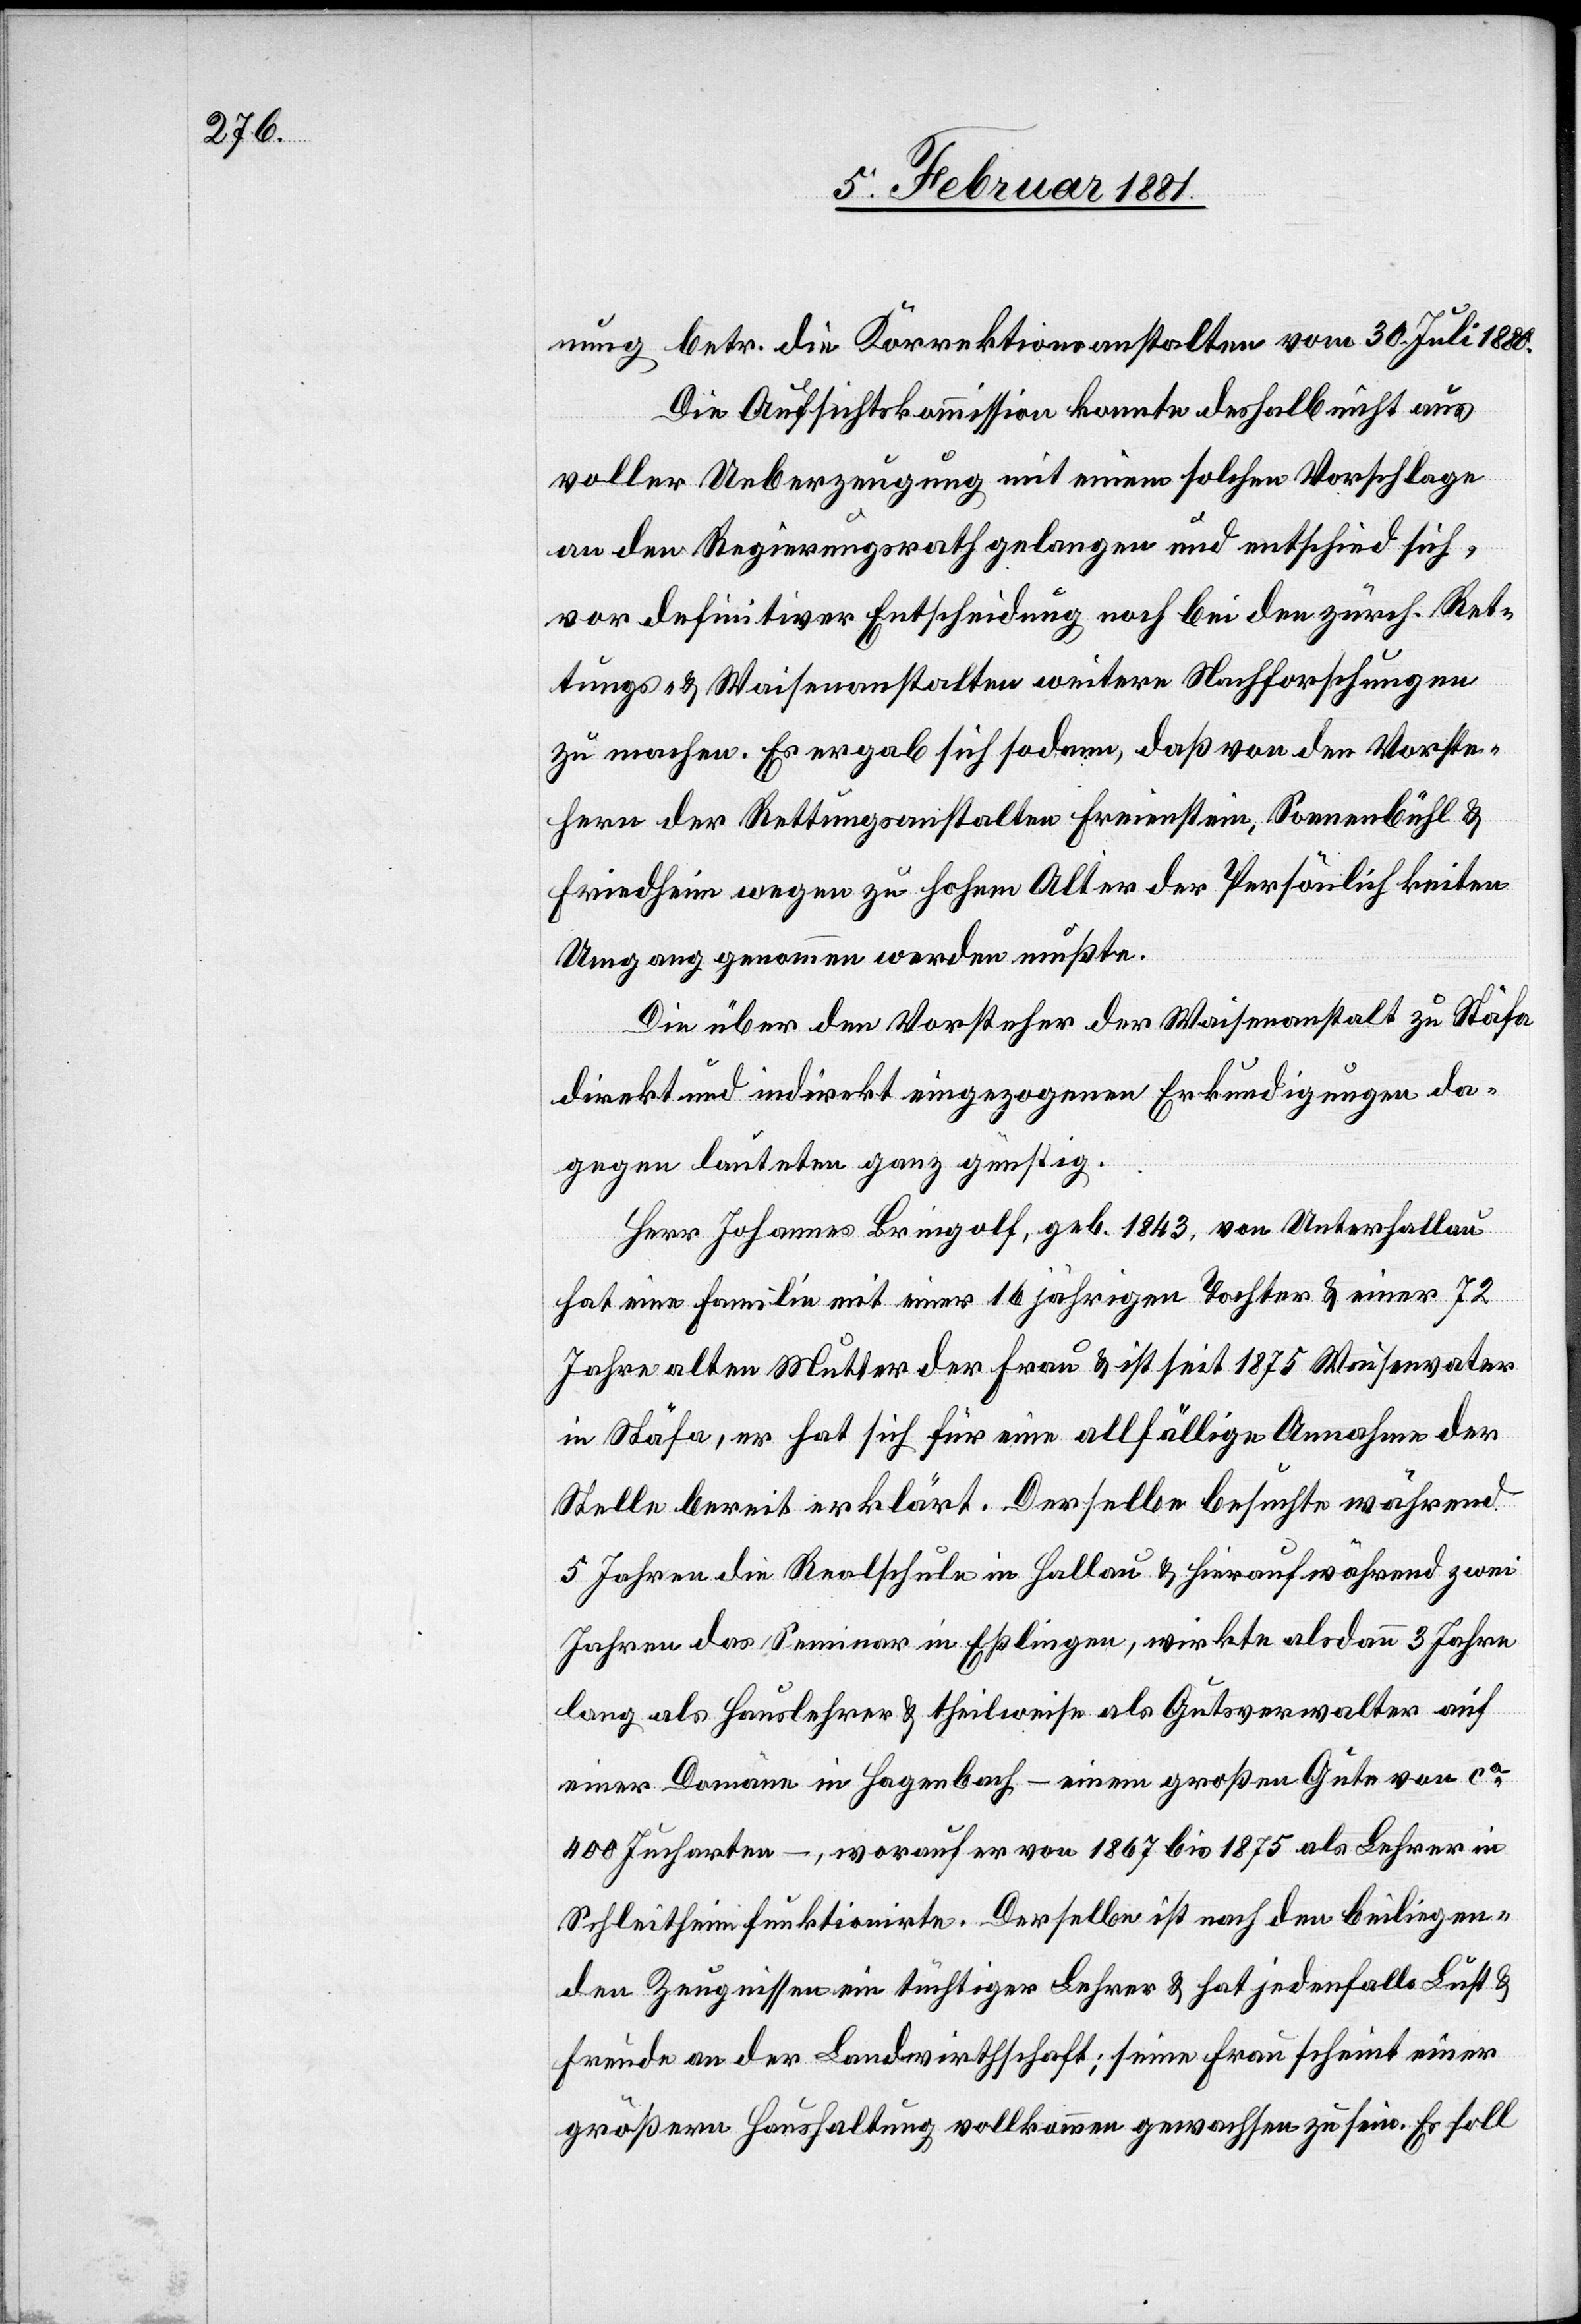
nung betr. die Korrektionsanstalten vom 30. Juli 1880.
Die Aufsichtskommission konnte deshalb nicht aus
voller Ueberzeugung mit einem solchen Vorschlage
an den Regierungsrath gelangen und entschied sich
vor definitiver Entscheidung noch bei den zürch. Ret¬
tungs- & Waisenanstalten weitere Nachforschungen
zu machen. Es ergab sich sodann, daß von den Vorste¬
hern der Rettungsanstalten Freienstein, Sonnenbühl &
Friedheim wegen zu hohem Alter der Persönlichkeiten
Umgang genommen werden mußte.
Die über den Vorsteher der Waisenanstalt zu Stäfa
direkt und indirekt eingezogenen Erkundigungen da¬
gegen lauteten ganz günstig.
Herr Johannes Bringolf, geb. 1843, von Unterhallau
hat eine Familie mit einer 16 jährigen Tochter & einer 72
Jahre alten Mutter der Frau & seit 1875 Waisenvater
in Stäfa, er hat sich für eine allfällige Annahme der
Stelle bereit erklärt. Derselbe besuchte während
5 Jahren die Realschule in Hallau & hierauf während zwei
Jahren das Seminar in Eßlingen, wirkte alsdann 3 Jahre
lang als Hauslehrer & theilweise als Gutsverwalter auf
einer Domäne in Hagenbach – einem großen Gute von ca
400 Jucharten –, worauf von 1867 bis 1875 als Lehrer in
Schleitheim funktionirte. Derselbe ist nach den beiliegen¬
den Zeugnissen ein tüchtiger Lehrer & hat jedenfalls Lust &
Freude an der Landwirthschaft; seine Frau scheint einer
größern Haushaltung vollkommen gewachsen zu sein. Es soll